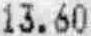
13.60